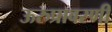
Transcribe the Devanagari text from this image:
ऊरुप्रावरणी